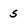
Character: 5